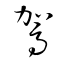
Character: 駕